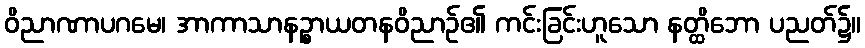
ဝိညာဏာပဂမေ၊ အာကာသာနဉ္စာယတနဝိညာဉ်၏ ကင်းခြင်းဟူသော နတ္ထိဘော ပညတ်၌။